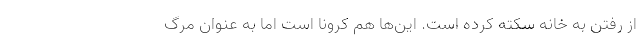
از رفتن به خانه سکته کرده است. این‌ها هم کرونا است اما به عنوان مرگ